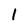
Character: 1